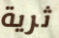
ثرية